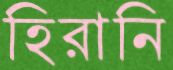
হিরানি